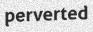
perverted